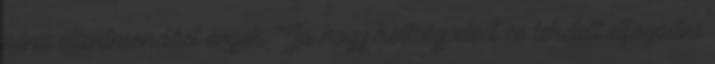
némi ellentmondást érzek. "Ja hogy költségvetést se lehetett elfogadni